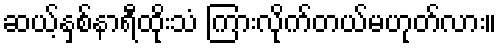
ဆယ့်နှစ်နာရီထိုးသံ ကြားလိုက်တယ်မဟုတ်လား။